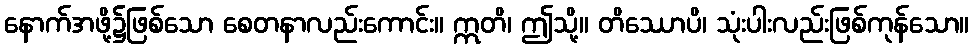
နောက်အဖို့၌ဖြစ်သော စေတနာလည်းကောင်း။ ဣတိ၊ ဤသို့။ တိဿောပိ၊ သုံးပါးလည်းဖြစ်ကုန်သော။